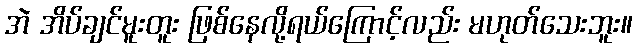
အဲ အိပ်ချင်မူးတူး ဖြစ်နေလို့ရယ်ကြောင့်လည်း မဟုတ်သေးဘူး။